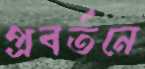
প্রবর্তনে